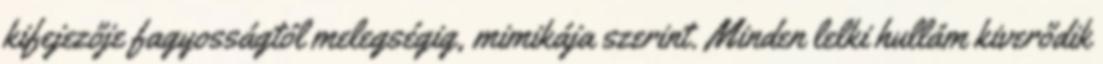
kifejezője fagyosságtól melegségig, mimikája szerint. Minden lelki hullám kiverődik